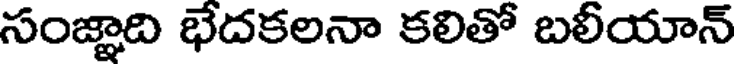
సంజ్ఞాది భేదకలనా కలితో బలీయాన్